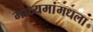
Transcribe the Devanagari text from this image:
माध्यमांमधला